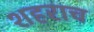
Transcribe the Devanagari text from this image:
शहराच